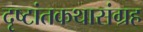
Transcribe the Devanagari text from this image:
दृष्टांतकथासंग्रह